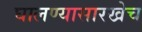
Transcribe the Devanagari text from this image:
घालण्यासारखेच